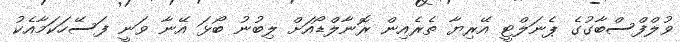
ވުލްފްސްބާގުގެ ޕެނަލްޓީ އޭރިޔާ ތެރެއިން ރޮނާލްޑޯއަށް ލިބުނު ބޯޅަ އޭނާ ވަނީ ފަސޭހަކަމާއެކު